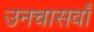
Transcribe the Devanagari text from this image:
उनचासवाँ